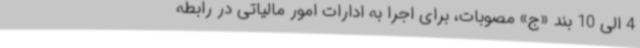
4 الی 10 بند «ج» مصوبات، برای اجرا به ادارات امور مالیاتی در رابطه